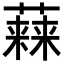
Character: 𧀃